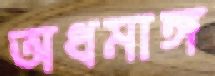
অধমাঙ্গ